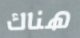
هناك